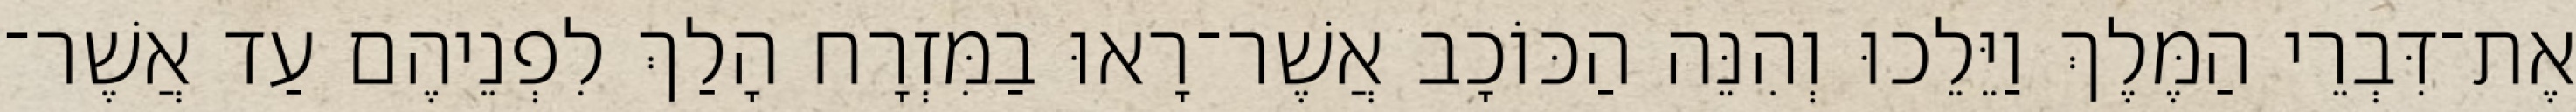
אֶת־דִּבְרֵי הַמֶּלֶךְ וַיֵּלֵכוּ וְהִנֵּה הַכּוֹכָב אֲשֶׁר־רָאוּ בַמִּזְרָח הָלַךְ לִפְנֵיהֶם עַד אֲשֶׁר־